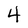
Character: 4